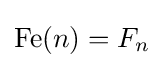
\operatorname {Fe} (n)=F_{n}